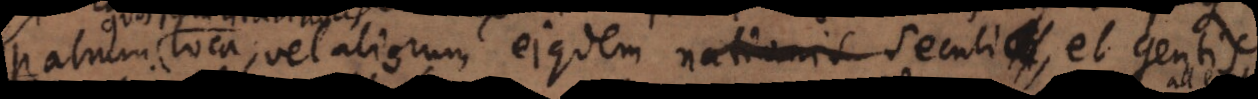
patrum loca, vel aliorum ejusdem nationis seculi, et gentis